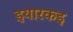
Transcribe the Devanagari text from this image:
इयारकइ